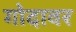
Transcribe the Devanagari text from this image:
गोदावर